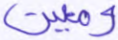
ومعين